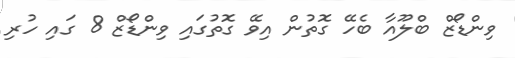
ވިންޑޯޒް ބްލޫއާ ބެހޭ ގޮތުން އިވޭ ގޮތުގައި ވިންޑޯޒް 8 ގައި ހުރި